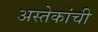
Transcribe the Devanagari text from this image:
अस्तेकांची